Calcutta medical institutions reports 1892-1900
Year: 1892
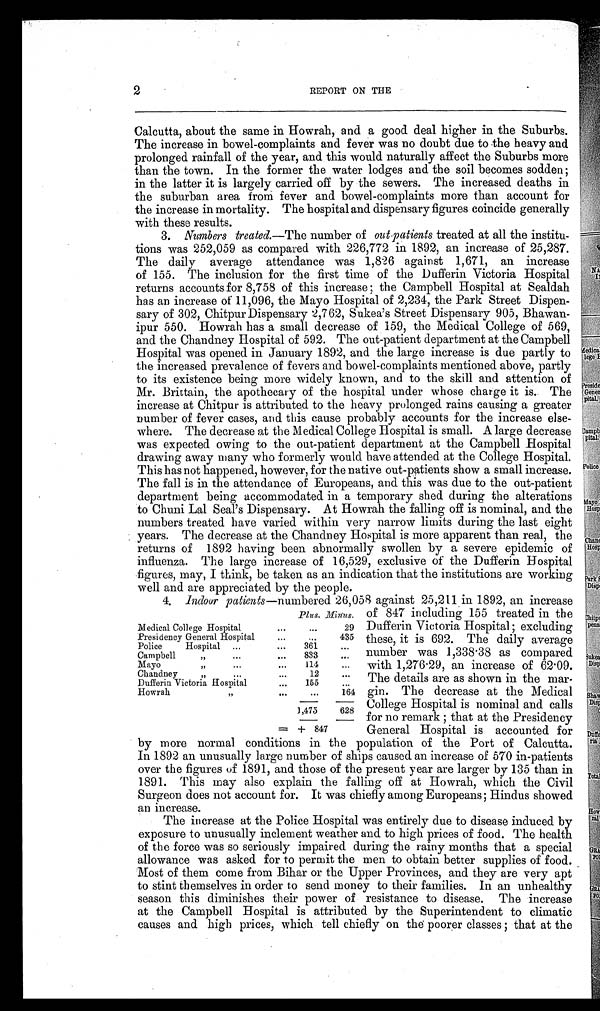
2
REPORT ON THE
Calcutta, about the same in Howrah, and a good deal higher in the Suburbs.
The increase in bowel-complaints and fever was no doubt due to the heavy and
prolonged rainfall of the year, and this would naturally affect the Suburbs more
than the town. In the former the water lodges and the soil becomes sodden;
in the latter it is largely carried off by the sewers. The increased deaths in
the suburban area from fever and bowel-complaints more than account for
the increase in mortality. The hospital and dispensary figures coincide generally
with these results.
3. Numbers treated. —The number of out-patients treated at all the institu-
tions was 252,059 as compared with 226,772 in 1892, an increase of 25,287.
The daily average attendance was 1,826 against 1,671, an increase
of 155. The inclusion for the first time of the Dufferin Victoria Hospital
returns accounts for 8,758 of this increase; the Campbell Hospital at Sealdah
has an increase of 11,096, the Mayo Hospital of 2,234, the Park Street Dispen-
sary of 302, Chitpur Dispensary 2,762, Sukea's Street Dispensary 905, Bhawan-
ipur 550. Howrah has a small decrease of 159, the Medical College of 569,
and the Chandney Hospital of 592. The out-patient department at the Campbell
Hospital was opened in January 1892, and the large increase is due partly to
the increased prevalence of fevers and bowel-complaints mentioned above, partly
to its existence being more widely known, and to the skill and attention of
Mr. Brittain, the apothecary of the hospital under whose charge it is. The
increase at Chitpur is attributed to the heavy prolonged rains causing a greater
number of fever cases, and this cause probably accounts for the increase else-
where. The decrease at the Medical College Hospital is small. A large decrease
was expected owing to the out-patient department at the Campbell Hospital
drawing away many who formerly would have attended at the College Hospital.
This has not happened, however, for the native out-patients show a small increase.
The fall is in the attendance of Europeans, and this was due to the out-patient
department being accommodated in a temporary shed during the alterations
to Chuni Lal Seal's Dispensary. At Howrah the falling off is nominal, and the
numbers treated have varied within very narrow limits during the last eight
years. The decrease at the Chandney Hospital is more apparent than real, the
returns of 1892 having been abnormally swollen by a severe epidemic of
influenza. The large increase of 16,529, exclusive of the Dufferin Hospital
figures, may, I think, be taken as an indication that the institutions are working
well and are appreciated by the people.
4. Indoor patients —numbered 26,058 against 25,211 in 1892, an increase
of 847 including 155 treated in the
Dufferin Victoria Hospital; excluding
these, it is 692. The daily average
number was 1,338.38 as compared
with 1,276.29, an increase of 62.09.
The details are as shown in the mar-
gin. The decrease at the Medical
College Hospital is nominal and calls
for no remark; that at the Presidency
General Hospital is accounted for
by more normal conditions in the population of the Port of Calcutta.
In 1892 an unusually large number of ships caused an increase of 570 in-patients
over the figures of 1891, and those of the present year are larger by 135 than in
1891. This may also explain the falling off at Howrah, which the Civil
Surgeon does not account for. It was chiefly among Europeans; Hindus showed
an increase.
The increase at the Police Hospital was entirely due to disease induced by
exposure to unusually inclement weather and to high prices of food. The health
of the force was so seriously impaired during the rainy months that a special
allowance was asked for to permit the men to obtain better supplies of food.
Most of them come from Bihar or the Upper Provinces, and they are very apt
to stint themselves in order to send money to their families. In an unhealthy
season this diminishes their power of resistance to disease. The increase
at the Campbell Hospital is attributed by the Superintendent to climatic
causes and high prices, which tell chiefly on the poorer classes; that at the
Plus. Minus.
Medical College Hospital
. . .
. . .
29
Presidency General Hospital
. . .
. . .
435
Police Hospital . . .
. . .
361
. . .
Campbell „
. . .
. . .
833
. . .
Mayo ,,
...
...
114
...
Chandney „
. . . ...
12
...
Dufferin Victoria Hospital
...
155
...
Howrah ,,
...
...
164
1,475
628
= + 847